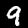
Digit: 9